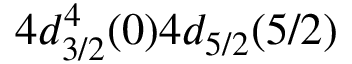
4 d _ { 3 / 2 } ^ { 4 } ( 0 ) 4 d _ { 5 / 2 } ( 5 / 2 )